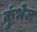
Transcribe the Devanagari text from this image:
कुंभेज